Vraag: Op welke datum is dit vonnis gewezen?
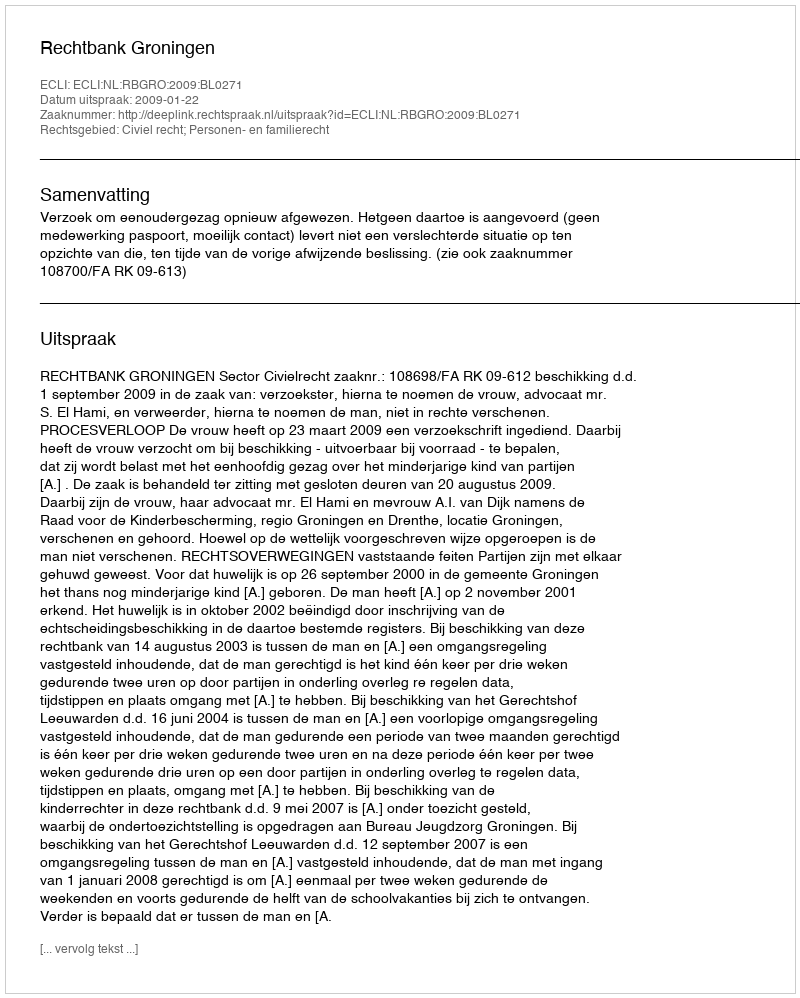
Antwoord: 2009-01-22